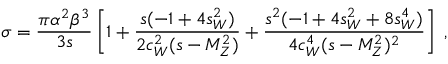
\sigma = \frac { \pi \alpha ^ { 2 } \beta ^ { 3 } } { 3 s } \left[ 1 + \frac { s ( - 1 + 4 s _ { W } ^ { 2 } ) } { 2 c _ { W } ^ { 2 } ( s - M _ { Z } ^ { 2 } ) } + \frac { s ^ { 2 } ( - 1 + 4 s _ { W } ^ { 2 } + 8 s _ { W } ^ { 4 } ) } { 4 c _ { W } ^ { 4 } ( s - M _ { Z } ^ { 2 } ) ^ { 2 } } \right] \; ,